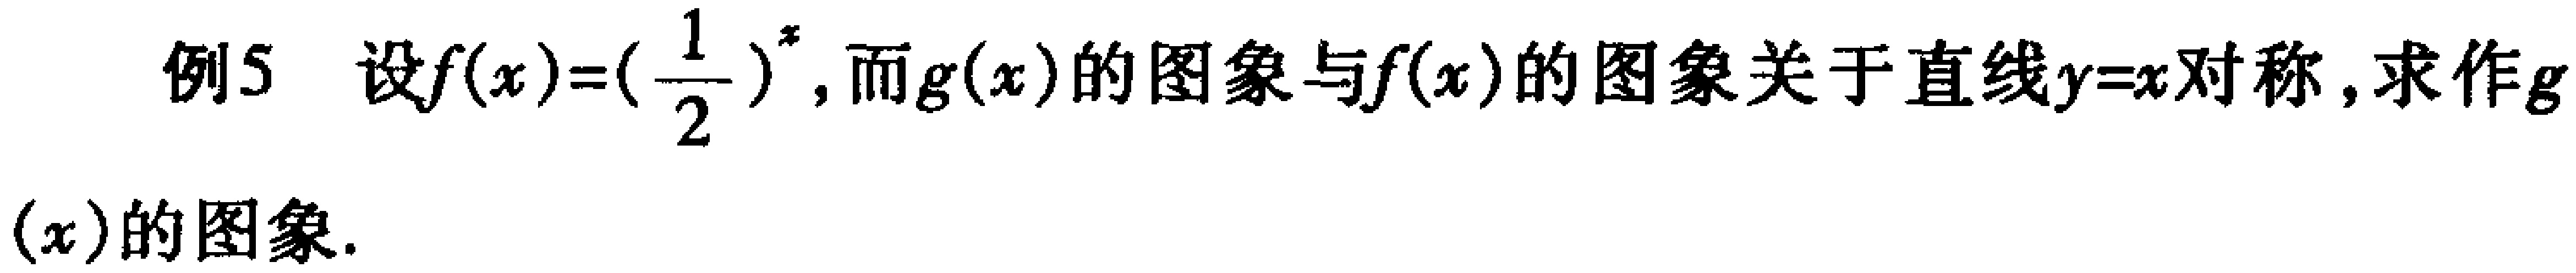
例5 设$f(x)=(\frac{1}{2})^{x}$，而$g(x)$的图象与$f(x)$的图象关于直线$y = x$对称，求作$g(x)$的图象.